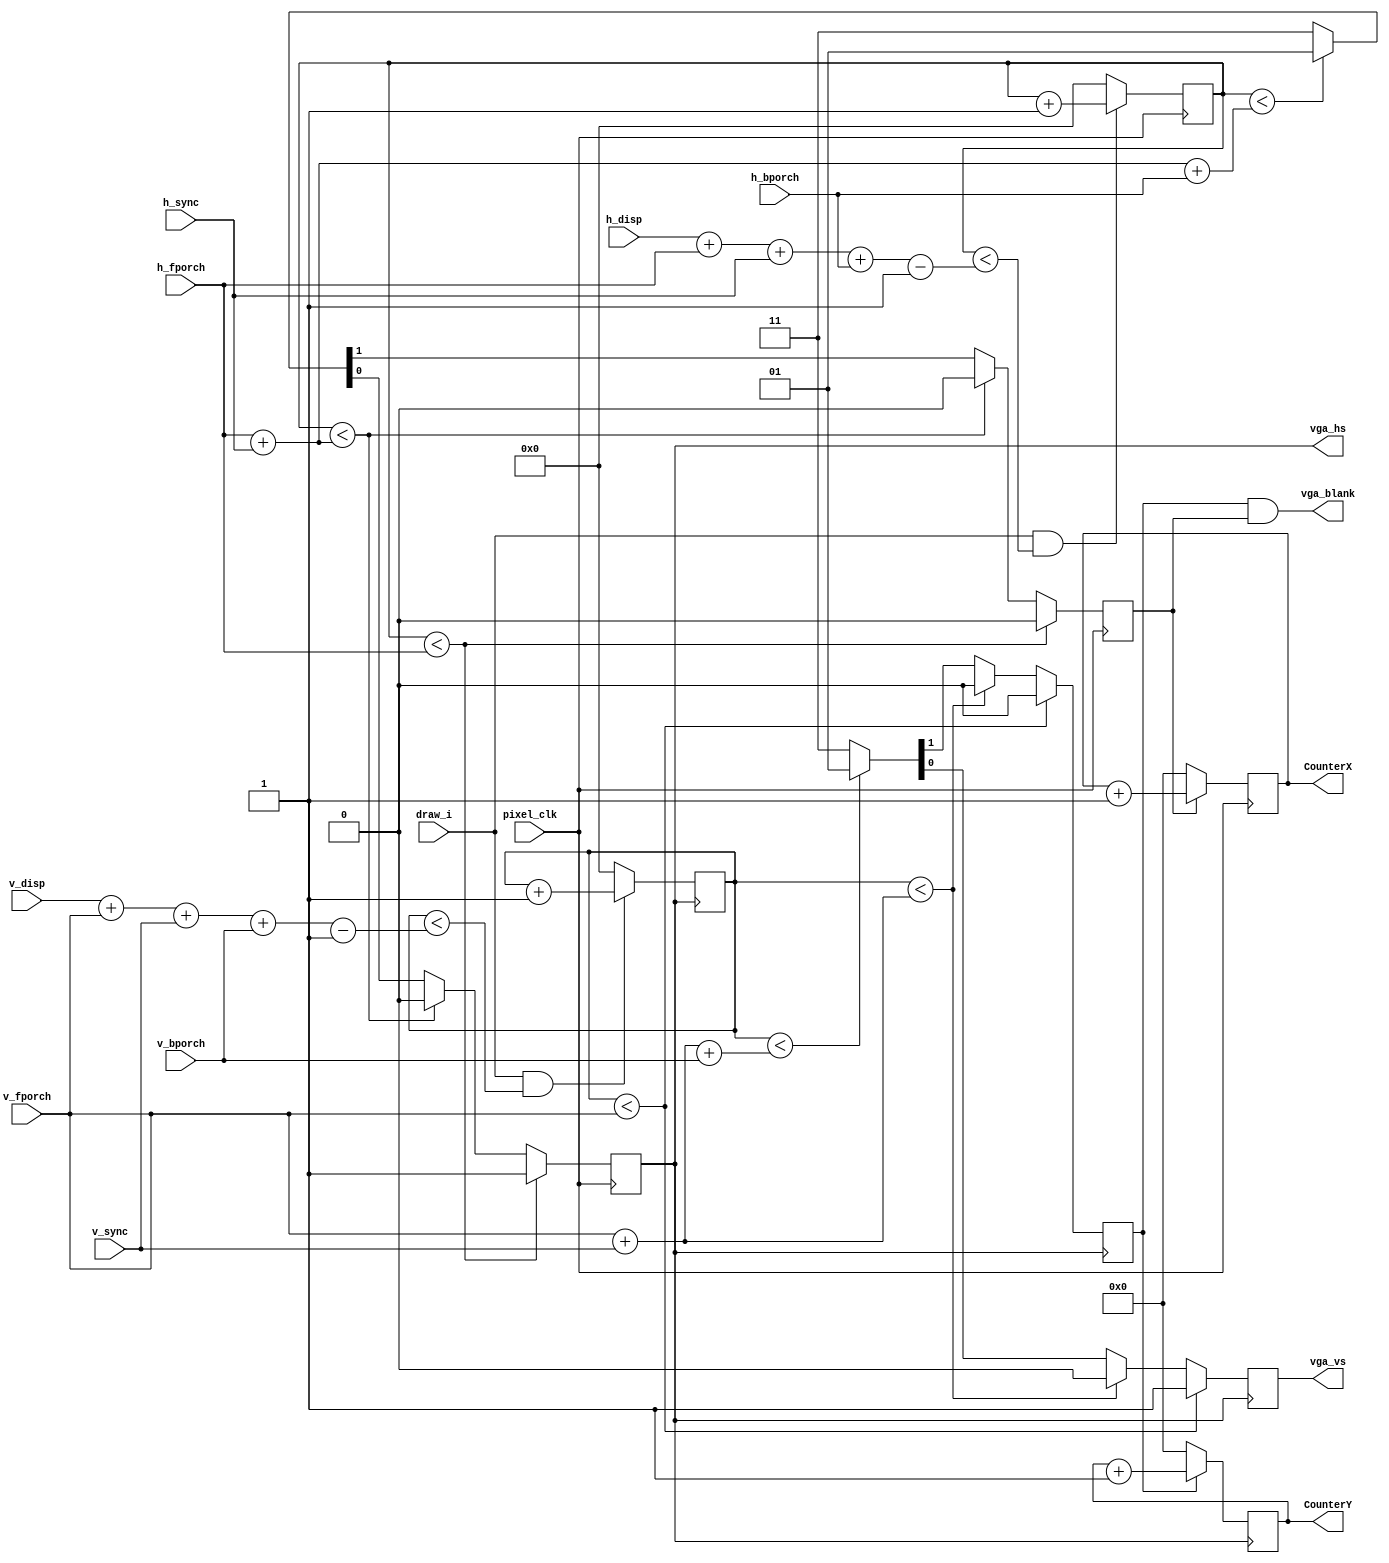
module vga_time_generator(

input       pixel_clk,
input			draw_i,

input [11:0]h_disp,
input [11:0]h_fporch,
input [11:0]h_sync,   
input [11:0]h_bporch,

input [11:0]v_disp,
input [11:0]v_fporch,
input [11:0]v_sync,   
input [11:0]v_bporch,

output     vga_hs,
output     vga_vs,
output     vga_blank,
output  reg[15:0]CounterY,
output  reg[15:0]CounterX

);

///////h sync////////
//h total sum//
wire [11:0]h_total;
assign h_total = h_disp+h_fporch+h_sync+h_bporch;	
//h counter gen //
reg [11:0]h_counter;
reg VGA_HS_o;
reg VGA_BLANK_HS_o;

always @(posedge pixel_clk)begin
	if (draw_i && (h_counter  < (h_total-11'd1)) ) h_counter <= h_counter+11'd1;
	else h_counter <= 0;
end

// h timing generator 
always @(posedge pixel_clk)begin
	if (h_counter < h_fporch) {VGA_BLANK_HS_o,VGA_HS_o}=2'b01;
	else if (h_counter < h_fporch+h_sync) {VGA_BLANK_HS_o,VGA_HS_o}=2'b00;
	else if (h_counter < h_fporch+h_sync+h_bporch) {VGA_BLANK_HS_o,VGA_HS_o}=2'b01;
	else {VGA_BLANK_HS_o,VGA_HS_o}=2'b11;
	/*if (!draw_i) begin	// blank, no synch
		VGA_BLANK_HS_o <= 0;
		VGA_HS_o <= 1;
	end else begin*/
		/*case(h_counter)
										0:{VGA_BLANK_HS_o,VGA_HS_o}=2'b01; //front hs = 1
							  h_fporch:{VGA_BLANK_HS_o,VGA_HS_o}=2'b00;	// hs = 0 
					 h_fporch+h_sync:{VGA_BLANK_HS_o,VGA_HS_o}=2'b01;	// hs torna 1
		 h_fporch+h_sync+h_bporch:{VGA_BLANK_HS_o,VGA_HS_o}=2'b11;	// display window: no synch no blank
		endcase*/
	/*end*/
end

/////v sync///// 
//v total sum//
wire [11:0]v_total;
assign v_total = v_disp+v_fporch+v_sync+v_bporch;
//v counter gen
reg [11:0]v_counter;
reg VGA_VS_o;
reg VGA_BLANK_VS_o;

always @(posedge vga_hs)begin
	if (draw_i && (v_counter < (v_total-11'd1)) ) v_counter <= v_counter+11'd1;//805
	else v_counter <= 0;
end
//v timing generator// 
always @(posedge vga_hs)begin
	/*if (!draw_i) begin	// blank, no synch
		VGA_BLANK_VS_o <= 0;
		VGA_VS_o <= 1;
	end else begin*/
	  if (v_counter < v_fporch) {VGA_BLANK_VS_o,VGA_VS_o}=2'b01;
	  else if (v_counter < v_fporch+v_sync) {VGA_BLANK_VS_o,VGA_VS_o}=2'b00;
	  else if (v_counter < v_fporch+v_sync+v_bporch) {VGA_BLANK_VS_o,VGA_VS_o}=2'b01;
	  else {VGA_BLANK_VS_o,VGA_VS_o}=2'b11;
		  /*	case(v_counter)
									0:{VGA_BLANK_VS_o,VGA_VS_o}=2'b01;
						  v_fporch:{VGA_BLANK_VS_o,VGA_VS_o}=2'b00;
				 v_fporch+v_sync:{VGA_BLANK_VS_o,VGA_VS_o}=2'b01;
	 v_fporch+v_sync+v_bporch:{VGA_BLANK_VS_o,VGA_VS_o}=2'b11;
	endcase*/
	/*end*/
end

//sync timing output//
assign vga_hs=VGA_HS_o;
assign vga_vs=VGA_VS_o;
assign vga_blank=VGA_BLANK_VS_o & VGA_BLANK_HS_o;

always @(posedge pixel_clk)begin
if(!VGA_BLANK_HS_o)CounterX <= 0;
else CounterX <= CounterX+15'd1;
end

always @(posedge vga_hs)begin
if(!VGA_BLANK_VS_o)CounterY <= 0;
else CounterY <= CounterY+15'd1;
end



endmodule